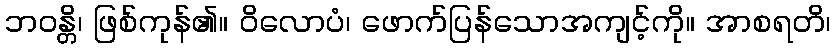
ဘဝန္တိ၊ ဖြစ်ကုန်၏။ ဝိလောပံ၊ ဖောက်ပြန်သောအကျင့်ကို။ အာစရတိ၊